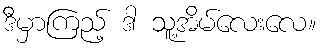
ဒီမှာကြည့် ဒါ သူ့အိမ်လေးလေ။